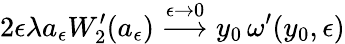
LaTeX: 2\epsilon\lambda a_{\epsilon}W_{2}^{\prime}(a_{\epsilon})\stackrel{\epsilon\to 0}{\longrightarrow}y_{0}\, \omega^{\prime}(y_{0},\epsilon)